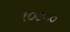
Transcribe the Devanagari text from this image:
१०७००